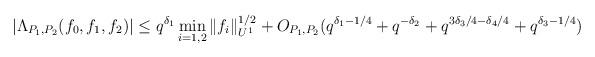
LaTeX: \begin{align*}|\Lambda_{P_1,P_2}(f_0,f_1,f_2)|\leq q^{\delta_1}\min_{i=1,2}\|f_i\|_{U^1}^{1/2}+O_{P_1,P_2}(q^{\delta_1-1/4}+q^{-\delta_2}+q^{3\delta_3/4-\delta_4/4}+q^{\delta_3-1/4})\end{align*}